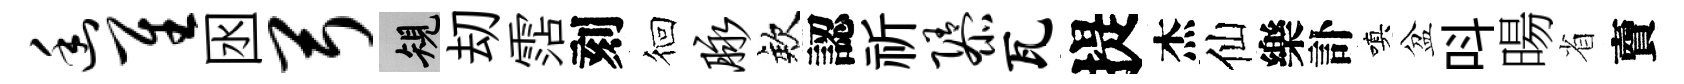
幽隹囦弓規刧霑刻徊脉欸認祈隳瓦提杰仙樂訃嗔盆呌暘省𧶠